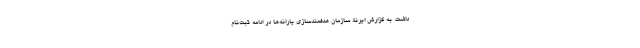
داشت. به گزارش ایرنا، سازمان هدفمندسازی یارانه‌ها در ادامه ثبت‌نام